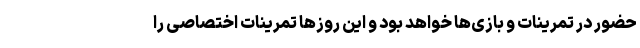
حضور در تمرینات و بازی‌ها خواهد بود و این روزها تمرینات اختصاصی را